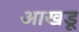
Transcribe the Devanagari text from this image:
आखडू